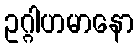
ဥဂ္ဂါဟမာနော